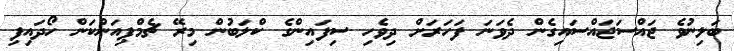
ބަލިނުވެ ޖައްސަޖައްސައިގެން ދެވަނަ ފަހަރަށް ދިވެހި ސިފައިންގެ ކްލަބުން މިރޭ ޗެމްޕިއަންކަން ހޯދައިފި